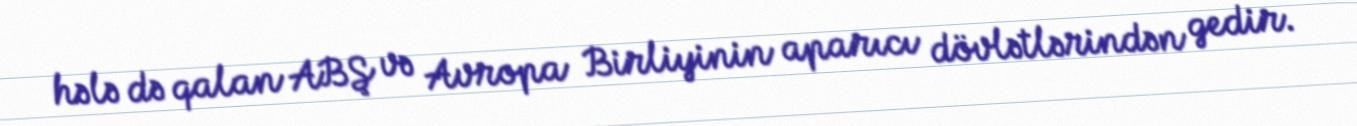
hələ də qalan ABŞ və Avropa Birliyinin aparıcı dövlətlərindən gedir.